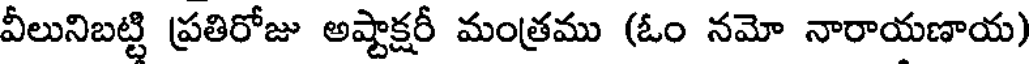
వీలునిబట్టి ప్రతిరోజు అష్టాక్షరీ మంత్రము (ఓం నమో నారాయణాయ)